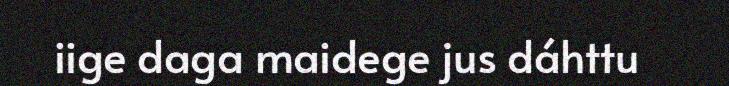
iige daga maidege jus dáhttu